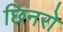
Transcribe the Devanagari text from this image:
छिनरो